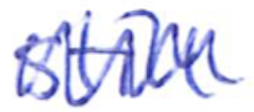
Text: still
Cross-out: zig-zag
Writing tool: ballpoint